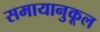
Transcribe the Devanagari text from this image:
समायानुकूल